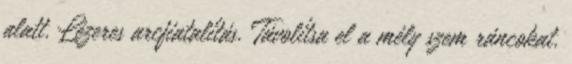
alatt. Lézeres arcfiatalítás. Távolítsa el a mély szem ráncokat.